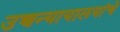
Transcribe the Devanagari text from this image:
उच्चन्यायालयांचे